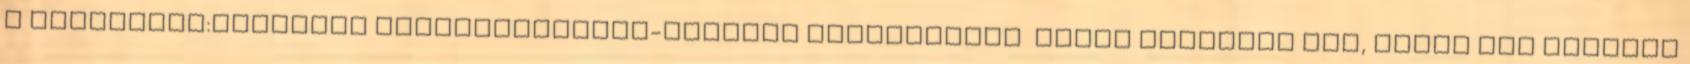
a Wikipédia:Javaslat kiemeltszócikk-státusz megvonására Rilai kolostor lap, pedig nem elegáns